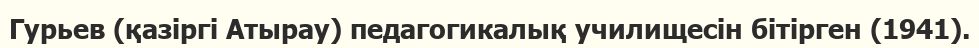
Гурьев (қазіргі Атырау) педагогикалық училищесін бітірген (1941).